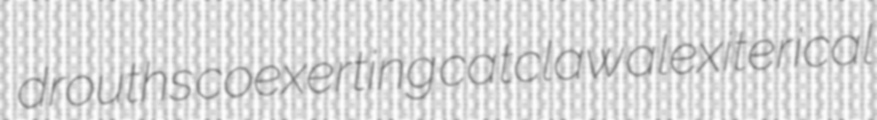
drouths coexerting catclaw alexiterical